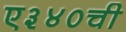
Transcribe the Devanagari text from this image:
ए३४०ची